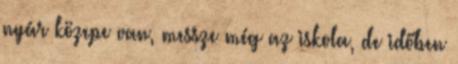
nyár közepe van, messze még az iskola, de időben